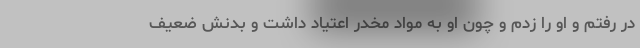
در رفتم و او را زدم و چون او به مواد مخدر اعتیاد داشت و بدنش ضعیف